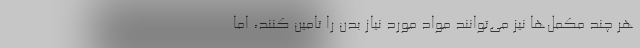
هر چند مکمل‌­ها نیز می‌­توانند مواد مورد نیاز بدن را تامین کنند، اما